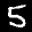
Label: 5